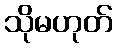
သိုမဟုတ်